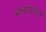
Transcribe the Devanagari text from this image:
ब्रान्कोडायलेटर